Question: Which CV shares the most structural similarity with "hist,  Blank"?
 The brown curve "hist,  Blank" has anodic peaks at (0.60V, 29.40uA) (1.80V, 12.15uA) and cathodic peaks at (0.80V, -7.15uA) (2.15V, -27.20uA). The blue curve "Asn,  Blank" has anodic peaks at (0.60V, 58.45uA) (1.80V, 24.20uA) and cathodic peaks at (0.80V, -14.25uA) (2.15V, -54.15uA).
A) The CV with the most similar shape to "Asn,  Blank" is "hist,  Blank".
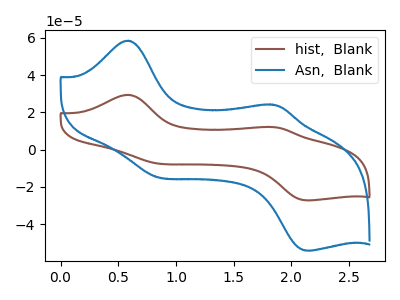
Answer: <think>All the peaks in "hist,  Blank" have a peak in "Asn,  Blank" at the same potential. Every peak in "hist,  Blank" is lower than every peak in "Asn,  Blank".
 </think>
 <answer>A) The CV with the most similar shape to "Asn,  Blank" is "hist,  Blank".</answer>
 <eval>A</eval>